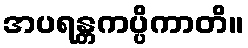
အပရန္တကပ္ပိကာတိ။